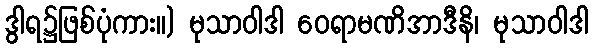
ဒွါရ၌ဖြစ်ပုံကား။) မုသာဝါဒါ ဝေရာမဏိအာဒီနိ၊ မုသာဝါဒါ